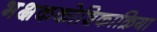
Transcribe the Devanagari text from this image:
भक्षककोशिकाक्रिया